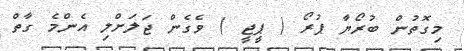
މިގޮތުން ބުރޯޔާ ޕުރޯ ( ޕީޖީ ) ވެގެން ޖަލަށްލި އެންމެ ގާތް